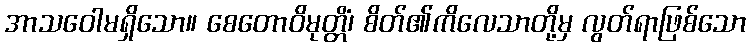
အာသဝေါမရှိသော။ စေတောဝိမုတ္တိံ၊ စိတ်၏ကိလေသာတို့မှ လွတ်ရာဖြစ်သော